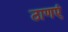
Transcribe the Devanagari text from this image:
ठाणएं